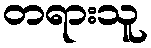
တရားသူ